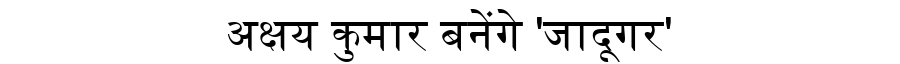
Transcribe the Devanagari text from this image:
अक्षय कुमार बनेंगे 'जादूगर'